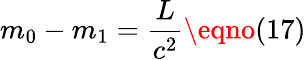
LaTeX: m_{0}-m_{1}=\frac{L}{c^{2}}\eqno(17)